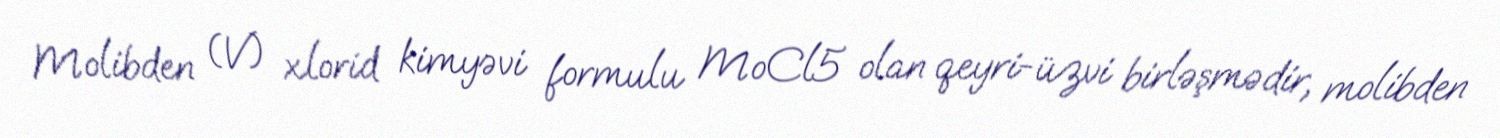
Molibden (V) xlorid kimyəvi formulu MoCl5 olan qeyri-üzvi birləşmədir, molibden